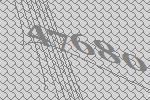
47680